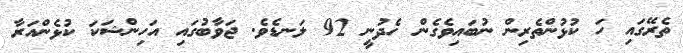
ތެރޭގައި ހަ ކުޅުންތެރިން ނުބައިވެގެން ހެދުނީ 92 ލަނޑެވެ. ޖަވާބުގައި އަހިންޝަކަ ކުޅެންއަރާ